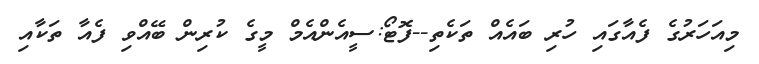
މިއަހަރުގެ ފެއާގައި ހުރި ބައެއް ތަކެތި--ފޮޓޯ:ސީއެންއެމް މީގެ ކުރިން ބޭއްވި ފެއާ ތަކާއި